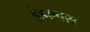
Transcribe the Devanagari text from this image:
इंडएक्स